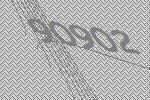
90902